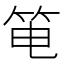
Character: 𰩳